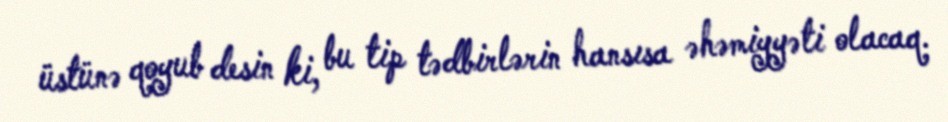
üstünə qoyub desin ki, bu tip tədbirlərin hansısa əhəmiyyəti olacaq.